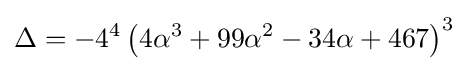
\Delta =-4^{4}\left(4\alpha ^{3}+99\alpha ^{2}-34\alpha +467\right)^{3}